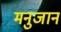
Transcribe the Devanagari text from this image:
मनुजान